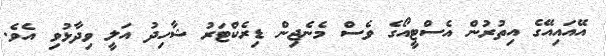
އޭއައިއޭގެ އިތުރުން އެސްޓީއޯގެ ވެސް މެނެޖިން ޑިރެކްޓަރު ޝާހިދު އަލީ ވިދާޅުވި އެވެ.